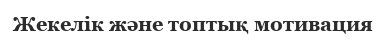
Жекелік және топтық мотивация